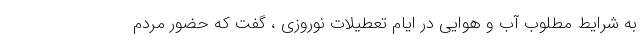
به شرایط مطلوب آب و هوایی در ایام تعطیلات نوروزی ، گفت که حضور مردم